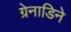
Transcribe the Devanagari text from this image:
ग्रेनाडिने